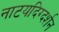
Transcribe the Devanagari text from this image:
नाटयदिग्दर्शन